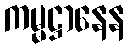
ကမ္မဋ္ဌာနေန